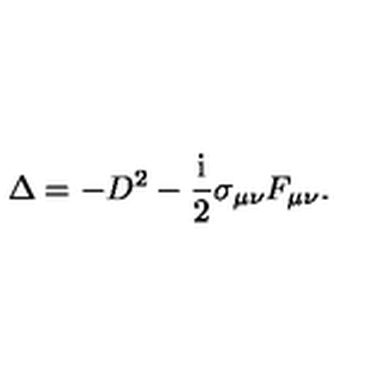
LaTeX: \Delta = - D ^ { 2 } - \frac { \mathrm { i } } 2 \sigma _ { \mu \nu } F _ { \mu \nu } .